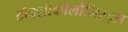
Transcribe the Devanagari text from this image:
टौक्सीकोलौजिस्ट्स